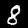
Digit: 8